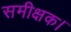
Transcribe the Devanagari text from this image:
समीक्षक।